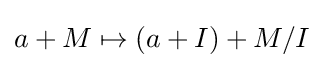
a+M\mapsto (a+I)+M/I